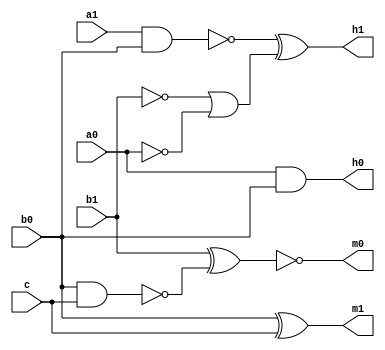
module top ( a0 , a1 , b0 , b1 , c , h0 , h1 , m0 , m1 ) ;
    input a0 , a1 , b1 , b0 , c ;
    output h0 , h1 , m0 , m1 ;
    wire n1 , n2 , n3 , n4 , n5 ;
not ( n1 , b1 ) ;
not ( n2 , a0 ) ;
and ( h0 , a0 , b0 ) ;
nand ( n3 , a1 , b0 ) ;
or ( n4 , n1 , n2 ) ;
nand ( n5 , b0 , c ) ;
xor ( h1 , n3 , n4 ) ;
xnor ( m0 , b1 , n5 ) ;
xor ( m1 , b0 , c ) ;
endmodule